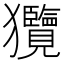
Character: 𤣟